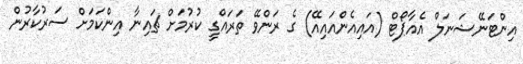
އިންޓަނޭޝަނަލް އެއާޕޯޓް (އައިއެންއައިއޭ) ގެ ރަންވޭ ތަރައްގީ ކުރުމަށް ޗައިނާ އިންކަމަށް ސަރުކާރުން